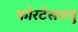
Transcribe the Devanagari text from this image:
फोरटेसक्यु